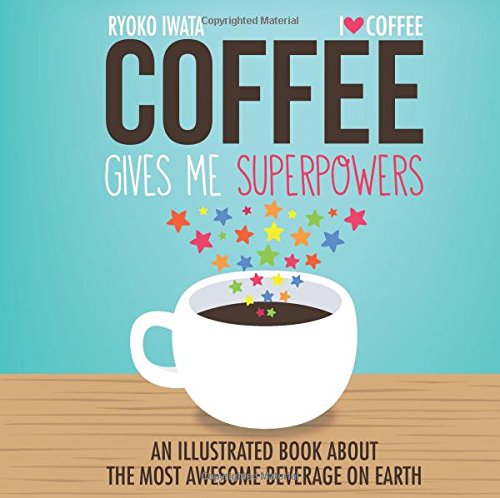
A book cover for Coffee Gives Me Superpowers: An Illustrated Book about the Most Awesome Beverage on Earth; Ryoko Iwata; Comics & Graphic Novels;